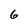
Character: 6